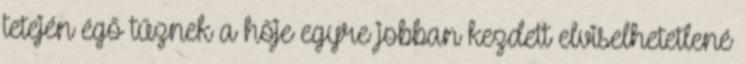
tetején égő tűznek a hője egyre jobban kezdett elviselhetetlené